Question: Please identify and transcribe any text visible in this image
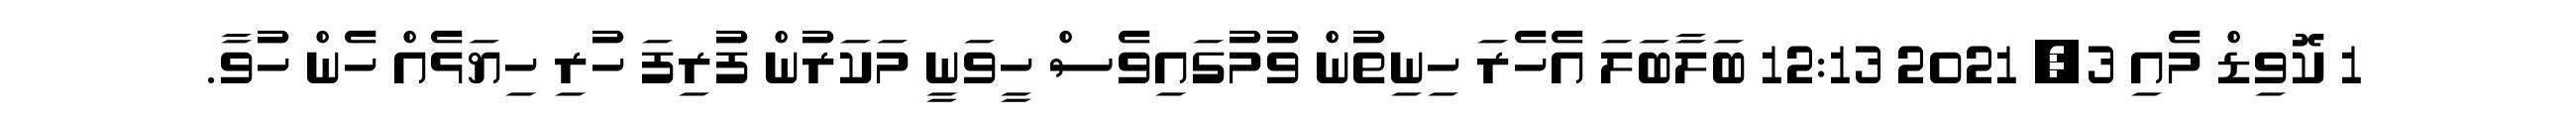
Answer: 1 ކޮވިޑް މެއި 3, 2021 12:13 ބަލާބަލަ އެހެރަ ހިނިތުން ވުމުގައިވެސް ހީވަނީ މަކަރުން ފުރިފަ ހުރި ހިޔަޅެއް ހެން ހުވާ.